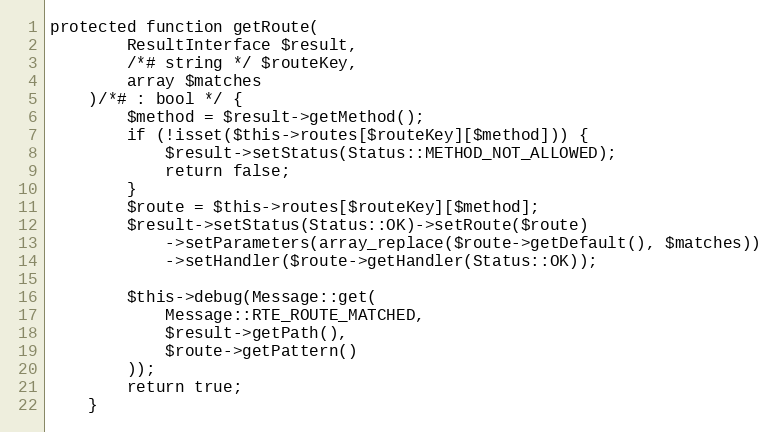
Language: PHP
protected function getRoute(
        ResultInterface $result,
        /*# string */ $routeKey,
        array $matches
    )/*# : bool */ {
        $method = $result->getMethod();
        if (!isset($this->routes[$routeKey][$method])) {
            $result->setStatus(Status::METHOD_NOT_ALLOWED);
            return false;
        }
        $route = $this->routes[$routeKey][$method];
        $result->setStatus(Status::OK)->setRoute($route)
            ->setParameters(array_replace($route->getDefault(), $matches))
            ->setHandler($route->getHandler(Status::OK));

        $this->debug(Message::get(
            Message::RTE_ROUTE_MATCHED,
            $result->getPath(),
            $route->getPattern()
        ));
        return true;
    }